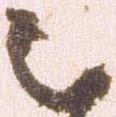
被